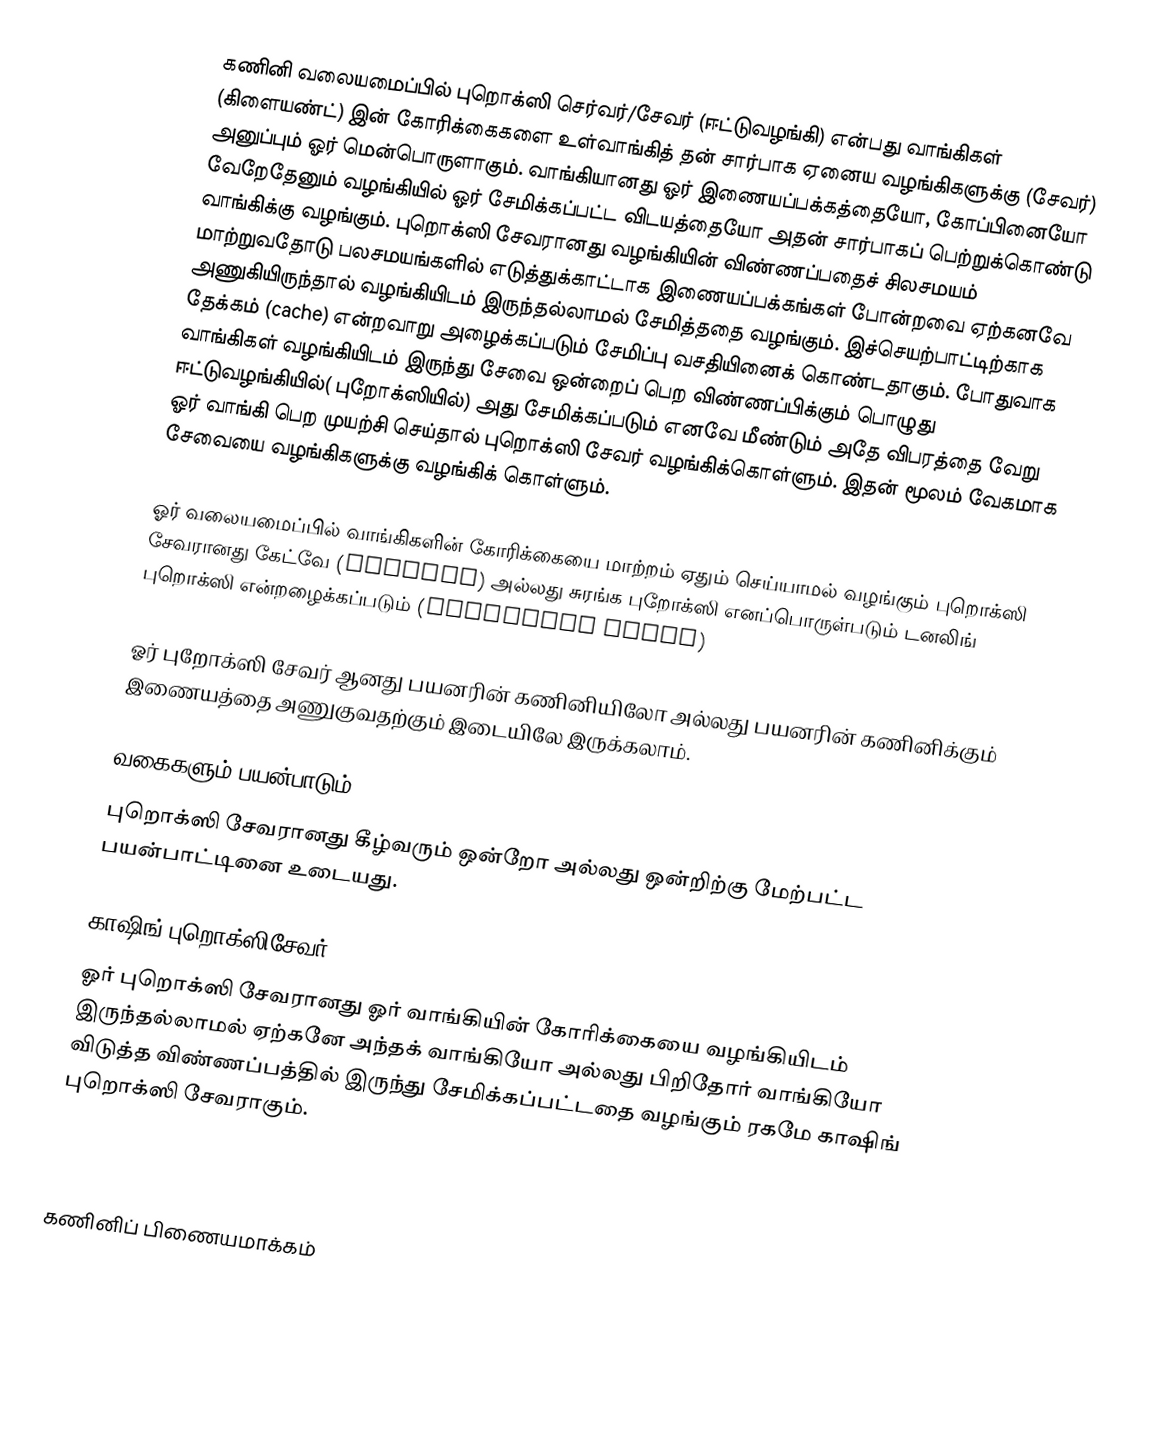
கணினி வலையமைப்பில் புறொக்ஸி செர்வர்/சேவர் (ஈட்டுவழங்கி) என்பது வாங்கிகள் (கிளையண்ட்) இன் கோரிக்கைகளை உள்வாங்கித் தன் சார்பாக ஏனைய வழங்கிகளுக்கு (சேவர்) அனுப்பும்  ஓர் மென்பொருளாகும். வாங்கியானது ஓர் இணையப்பக்கத்தையோ, கோப்பினையோ வேறேதேனும் வழங்கியில் ஓர் சேமிக்கப்பட்ட விடயத்தையோ அதன் சார்பாகப் பெற்றுக்கொண்டு வாங்கிக்கு வழங்கும். புறொக்ஸி சேவரானது வழங்கியின் விண்ணப்பதைச் சிலசமயம் மாற்றுவதோடு பலசமயங்களில் எடுத்துக்காட்டாக இணையப்பக்கங்கள் போன்றவை ஏற்கனவே அணுகியிருந்தால் வழங்கியிடம் இருந்தல்லாமல் சேமித்ததை வழங்கும். இச்செயற்பாட்டிற்காக தேக்கம் (cache) என்றவாறு அழைக்கப்படும் சேமிப்பு வசதியினைக் கொண்டதாகும். போதுவாக வாங்கிகள் வழங்கியிடம் இருந்து சேவை ஒன்றைப் பெற விண்ணப்பிக்கும் பொழுது ஈட்டுவழங்கியில்( புறோக்ஸியில்) அது சேமிக்கப்படும் எனவே மீண்டும் அதே விபரத்தை வேறு ஓர் வாங்கி பெற முயற்சி செய்தால் புறொக்ஸி சேவர் வழங்கிக்கொள்ளும். இதன் மூலம் வேகமாக சேவையை வழங்கிகளுக்கு வழங்கிக் கொள்ளும்.

ஓர் வலையமைப்பில் வாங்கிகளின் கோரிக்கையை மாற்றம் ஏதும் செய்யாமல் வழங்கும் புறொக்ஸி சேவரானது கேட்வே (Gateway) அல்லது சுரங்க புறோக்ஸி எனப்பொருள்படும் டனலிங் புறொக்ஸி என்றழைக்கப்படும் (tunneling proxy)

ஓர் புறோக்ஸி சேவர் ஆனது பயனரின் கணினியிலோ அல்லது பயனரின் கணினிக்கும் இணையத்தை அணுகுவதற்கும் இடையிலே இருக்கலாம்.

வகைகளும் பயன்பாடும்
புறொக்ஸி சேவரானது கீழ்வரும் ஒன்றோ அல்லது ஒன்றிற்கு மேற்பட்ட பயன்பாட்டினை உடையது.

காஷிங் புறொக்ஸிசேவர்
ஓர் புறொக்ஸி சேவரானது ஓர் வாங்கியின் கோரிக்கையை வழங்கியிடம் இருந்தல்லாமல் ஏற்கனே அந்தக் வாங்கியோ அல்லது பிறிதோர் வாங்கியோ விடுத்த விண்ணப்பத்தில் இருந்து சேமிக்கப்பட்டதை வழங்கும் ரகமே காஷிங் புறொக்ஸி சேவராகும்.

கணினிப் பிணையமாக்கம்